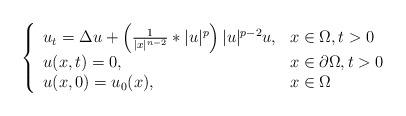
LaTeX: \begin{align*}\left\{\begin{array}{ll}u_t=\Delta u+\left(\frac{1}{|x|^{n-2}}*|u|^p\right)|u|^{p-2}u,& x\in \Omega, t>0\\u(x,t)=0,& x\in \partial \Omega, t>0\\u(x,0)=u_0(x),& x\in \Omega\end{array}\right.\end{align*}